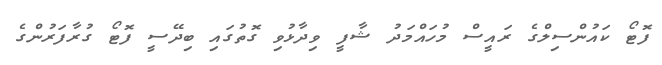
ފޮޓޯ ކައުންސިލްގެ ރައީސް މުހައްމަދު ޝާފީ ވިދާޅުވި ގޮތުގައި ބިދޭސީ ފޮޓޯ ގުރާފަރުންގެ